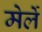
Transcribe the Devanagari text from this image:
मेर्ले